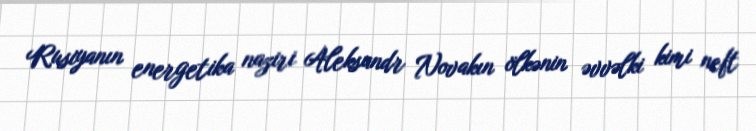
Rusiyanın energetika naziri Aleksandr Novakın ölkənin əvvəlki kimi neft